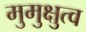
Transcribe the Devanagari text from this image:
मुमुक्षुत्व